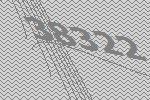
38322